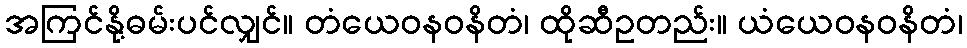
အကြင်နို့ဓမ်းပင်လျှင်။ တံယေဝနဝနိတံ၊ ထိုဆီဥတည်း။ ယံယေဝနဝနိတံ၊